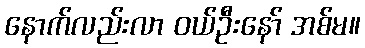
နောက်လည်းလာ ဝယ်ဦးနော် အစ်မ။